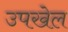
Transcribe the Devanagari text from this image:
उपखेल